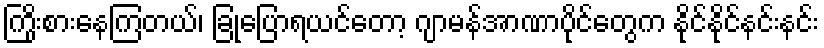
ကြိုးစားနေကြတယ်၊ ခြုံပြောရယင်တော့ ဂျာမန်အာဏာပိုင်တွေက နိုင်နိုင်နင်းနင်း